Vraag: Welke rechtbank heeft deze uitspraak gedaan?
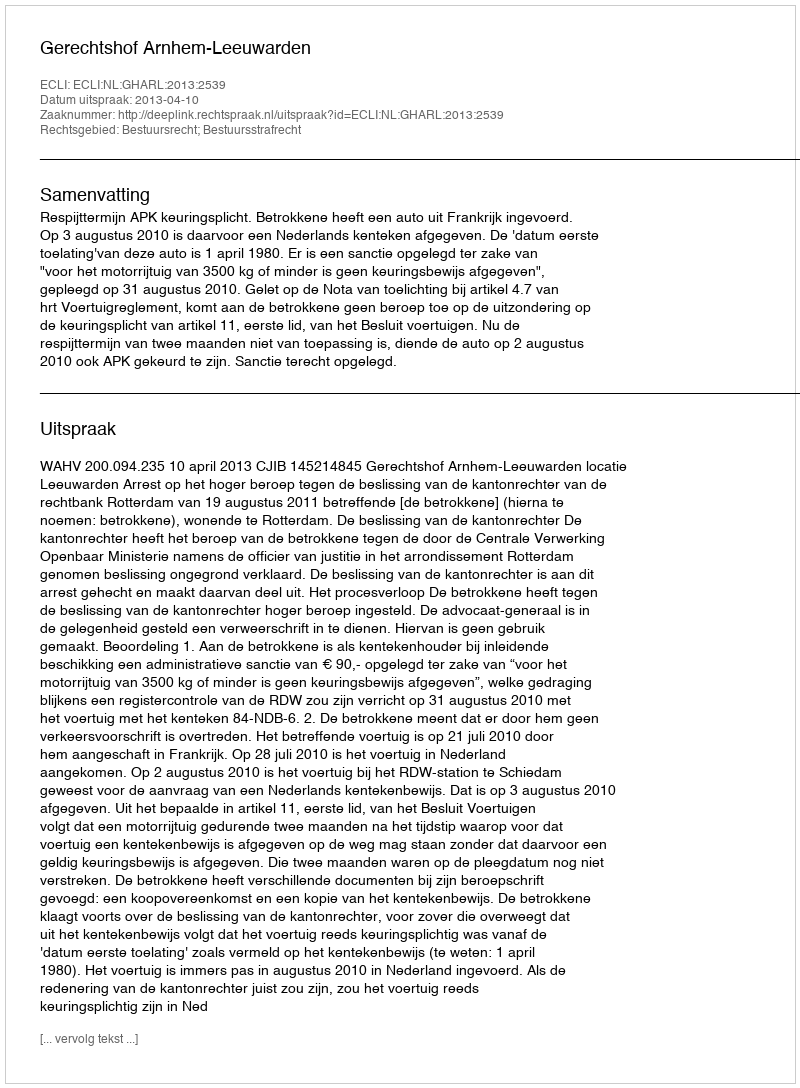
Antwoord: Gerechtshof Arnhem-Leeuwarden